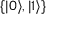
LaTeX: \{ | 0 \rangle , | 1 \rangle \}